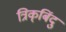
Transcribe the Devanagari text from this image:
त्रिक्‌बिंदु